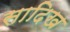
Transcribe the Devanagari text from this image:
सादिख